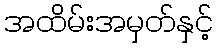
အထိမ်းအမှတ်နှင့်